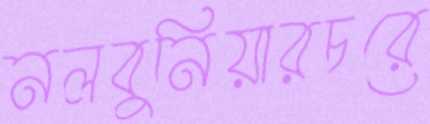
নলবুনিয়ারচরে